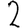
Digit: 2